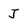
Character: J